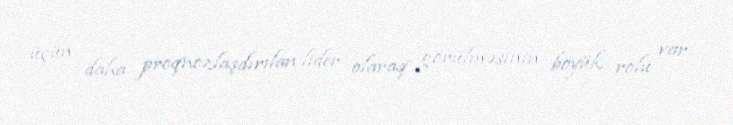
üçün daha proqnozlaşdırılan lider olaraq görülməsinin böyük rolu var.